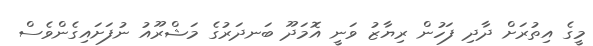
މީގެ އިތުރަށް ދާދި ފަހުން ރިޔާޒު ވަނީ އޮމަދޫ ބަނދަރުގެ މަޝްރޫއު ނުފަށައިގެންވެސް